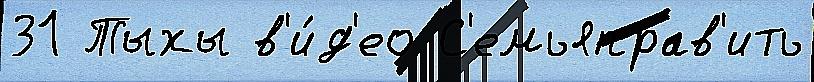
31 Тыхы в'и́д'ео С'емьяправ'ить